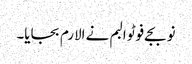
نو بجے فوٹو البم نے الارم بجایا۔